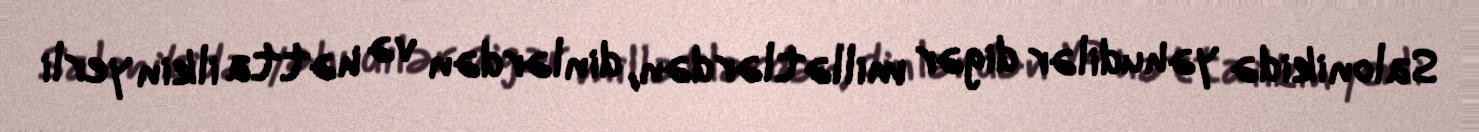
Salonikidə yəhudilər digər millətlərdən, dinlərdən və hətta ilkin yerli